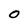
Character: 0